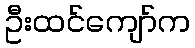
ဦးထင်ကျော်က